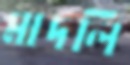
মাদলি